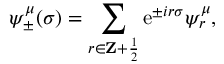
\psi _ { \pm } ^ { \mu } ( \sigma ) = \sum _ { r \in { \bf Z } + { \frac { 1 } { 2 } } } \mathrm { e } ^ { \pm i r \sigma } \psi _ { r } ^ { \mu } ,